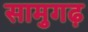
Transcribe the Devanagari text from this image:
सामुगढ़